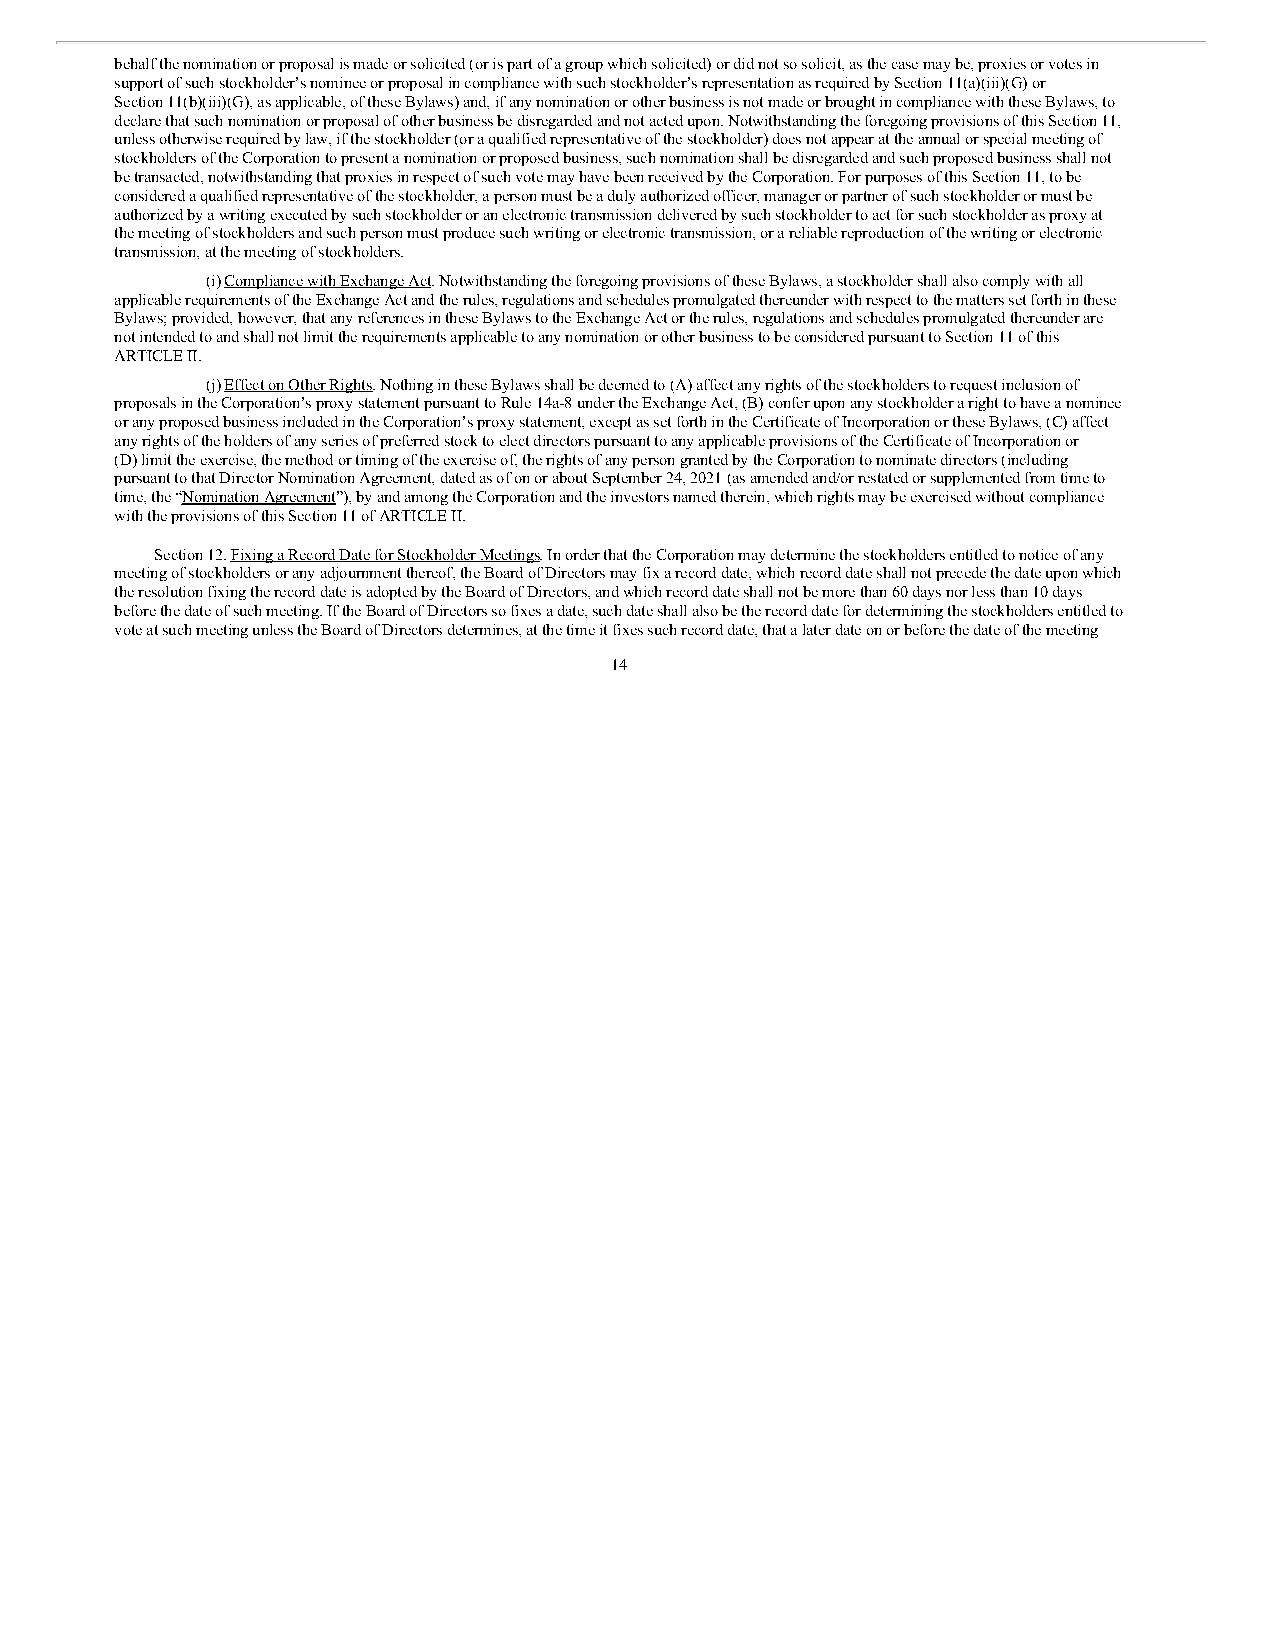
behalf the nomination or proposal is made or solicited (or is part of a group which solicited) or did not so solicit, as the case may be, proxies or votes in
 support of such stockholder’s nominee or proposal in compliance with such stockholder’s representation as required by Section 11(a)(iii)(G) or
 Section 11(b)(iii)(G), as applicable, of these Bylaws) and, if any nomination or other business is not made or brought in compliance with these Bylaws, to
 declare that such nomination or proposal of other business be disregarded and not acted upon. Notwithstanding the foregoing provisions of this Section 11,
 unless otherwise required by law, if the stockholder (or a qualified representative of the stockholder) does not appear at the annual or special meeting of
 stockholders of the Corporation to present a nomination or proposed business, such nomination shall be disregarded and such proposed business shall not
 be transacted, notwithstanding that proxies in respect of such vote may have been received by the Corporation. For purposes of this Section 11, to be
 considered a qualified representative of the stockholder, a person must be a duly authorized officer, manager or partner of such stockholder or must be
 authorized by a writing executed by such stockholder or an electronic transmission delivered by such stockholder to act for such stockholder as proxy at
 the meeting of stockholders and such person must produce such writing or electronic transmission, or a reliable reproduction of the writing or electronic
 transmission, at the meeting of stockholders.
 (i) Compliance with Exchange Act. Notwithstanding the foregoing provisions of these Bylaws, a stockholder shall also comply with all
 applicable requirements of the Exchange Act and the rules, regulations and schedules promulgated thereunder with respect to the matters set forth in these
 Bylaws; provided, however, that any references in these Bylaws to the Exchange Act or the rules, regulations and schedules promulgated thereunder are
 not intended to and shall not limit the requirements applicable to any nomination or other business to be considered pursuant to Section 11 of this
 ARTICLE II.
 (j) Effect on Other Rights. Nothing in these Bylaws shall be deemed to (A) affect any rights of the stockholders to request inclusion of
 proposals in the Corporation’s proxy statement pursuant to Rule 14a-8 under the Exchange Act, (B) confer upon any stockholder a right to have a nominee
 or any proposed business included in the Corporation’s proxy statement, except as set forth in the Certificate of Incorporation or these Bylaws, (C) affect
 any rights of the holders of any series of preferred stock to elect directors pursuant to any applicable provisions of the Certificate of Incorporation or
 (D) limit the exercise, the method or timing of the exercise of, the rights of any person granted by the Corporation to nominate directors (including
 pursuant to that Director Nomination Agreement, dated as of on or about September 24, 2021 (as amended and/or restated or supplemented from time to
 time, the “Nomination Agreement”), by and among the Corporation and the investors named therein, which rights may be exercised without compliance
 with the provisions of this Section 11 of ARTICLE II.
 Section 12. Fixing a Record Date for Stockholder Meetings. In order that the Corporation may determine the stockholders entitled to notice of any
 meeting of stockholders or any adjournment thereof, the Board of Directors may fix a record date, which record date shall not precede the date upon which
 the resolution fixing the record date is adopted by the Board of Directors, and which record date shall not be more than 60 days nor less than 10 days
 before the date of such meeting. If the Board of Directors so fixes a date, such date shall also be the record date for determining the stockholders entitled to
 vote at such meeting unless the Board of Directors determines, at the time it fixes such record date, that a later date on or before the date of the meeting
 14